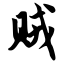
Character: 贼